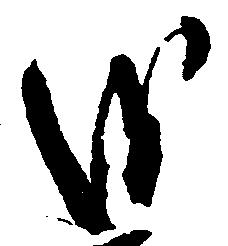
を